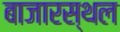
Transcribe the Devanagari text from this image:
बाजारस्थल